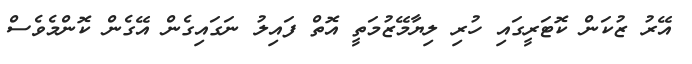
އޭރު ޒުކަން ކޮޓަރީގައި ހުރި ލިޔާމޭޒުމަތީ އޮތް ފައިލު ނަގައިގެން އޭގެން ކޮންމެވެސް